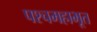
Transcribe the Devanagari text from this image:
पश्चमहाभूत